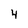
Character: 4